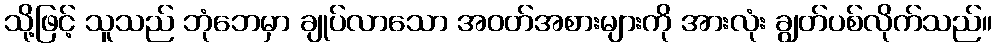
သို့ဖြင့် သူသည် ဘုံဘေမှာ ချုပ်လာသော အဝတ်အစားများကို အားလုံး ချွတ်ပစ်လိုက်သည်။